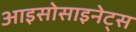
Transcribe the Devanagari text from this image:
आइसोसाइनेट्स